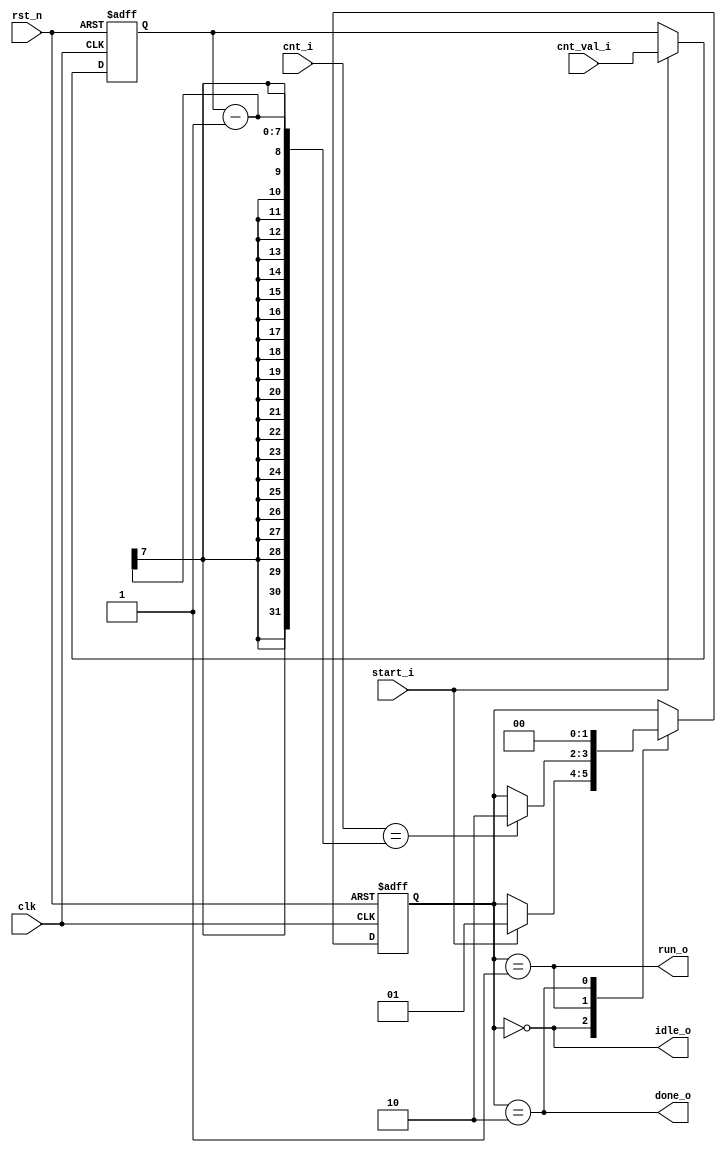
`timescale 1ns/1ps
`define DELTA 0.5
module Counter_fsm #(
    parameter CNT_WIDTH = 7
    )
    (
    input clk,
    input rst_n,
    
    input start_i,
    
    input [CNT_WIDTH-1:0] cnt_val_i,  // purpose of count
    input [CNT_WIDTH-1:0] cnt_i,      // counter counting number
    
    output idle_o,
    output run_o,
    output done_o
);

    localparam IDLE = 2'b00;
    localparam RUN  = 2'b01;
    localparam DONE = 2'b10;
    
    
    reg [CNT_WIDTH-1:0] cnt_val;
    // 1. cnt val capture
    always @(posedge clk, negedge rst_n) begin
        if (!rst_n) begin
            cnt_val <= {(CNT_WIDTH){1'b0}};        
        end else if (start_i) begin
            cnt_val <= cnt_val_i;        
        end 
    end
    
    
    reg [1:0] c_state, n_state;
    // 2. FSM seq logic
    always @(posedge clk, negedge rst_n) begin
        if (!rst_n) begin
            c_state <= IDLE;
        end else begin
            c_state <= n_state;
        end
    end
    
    // 3. FSM comb logic
    always @(*) begin
        n_state = c_state;    // prevent latch
        case (c_state) 
            IDLE : begin
                if (start_i) begin
                    n_state = RUN;  // if start_i, transition to RUN state
                end 
            end
            RUN : begin
                if (cnt_i == cnt_val - 1) begin
                    n_state = DONE; // if counter number is equal to cnt_val, transition to DONE state
                end
            end
            DONE : begin
                n_state = IDLE; // next cycle transition to IDLE
            end
        endcase
    end
    
    assign idle_o   =  (c_state == IDLE);
    assign run_o    = (c_state == RUN);
    assign done_o   = (c_state == DONE);


endmodule